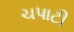
ચપાટી